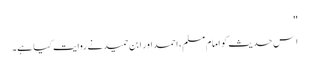
''
اِس حدیث کو امام مسلم، احمد اور ابن حمید نے روایت کیا ہے۔